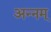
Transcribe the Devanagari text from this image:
अन्नम्